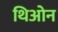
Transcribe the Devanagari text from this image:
थिओन